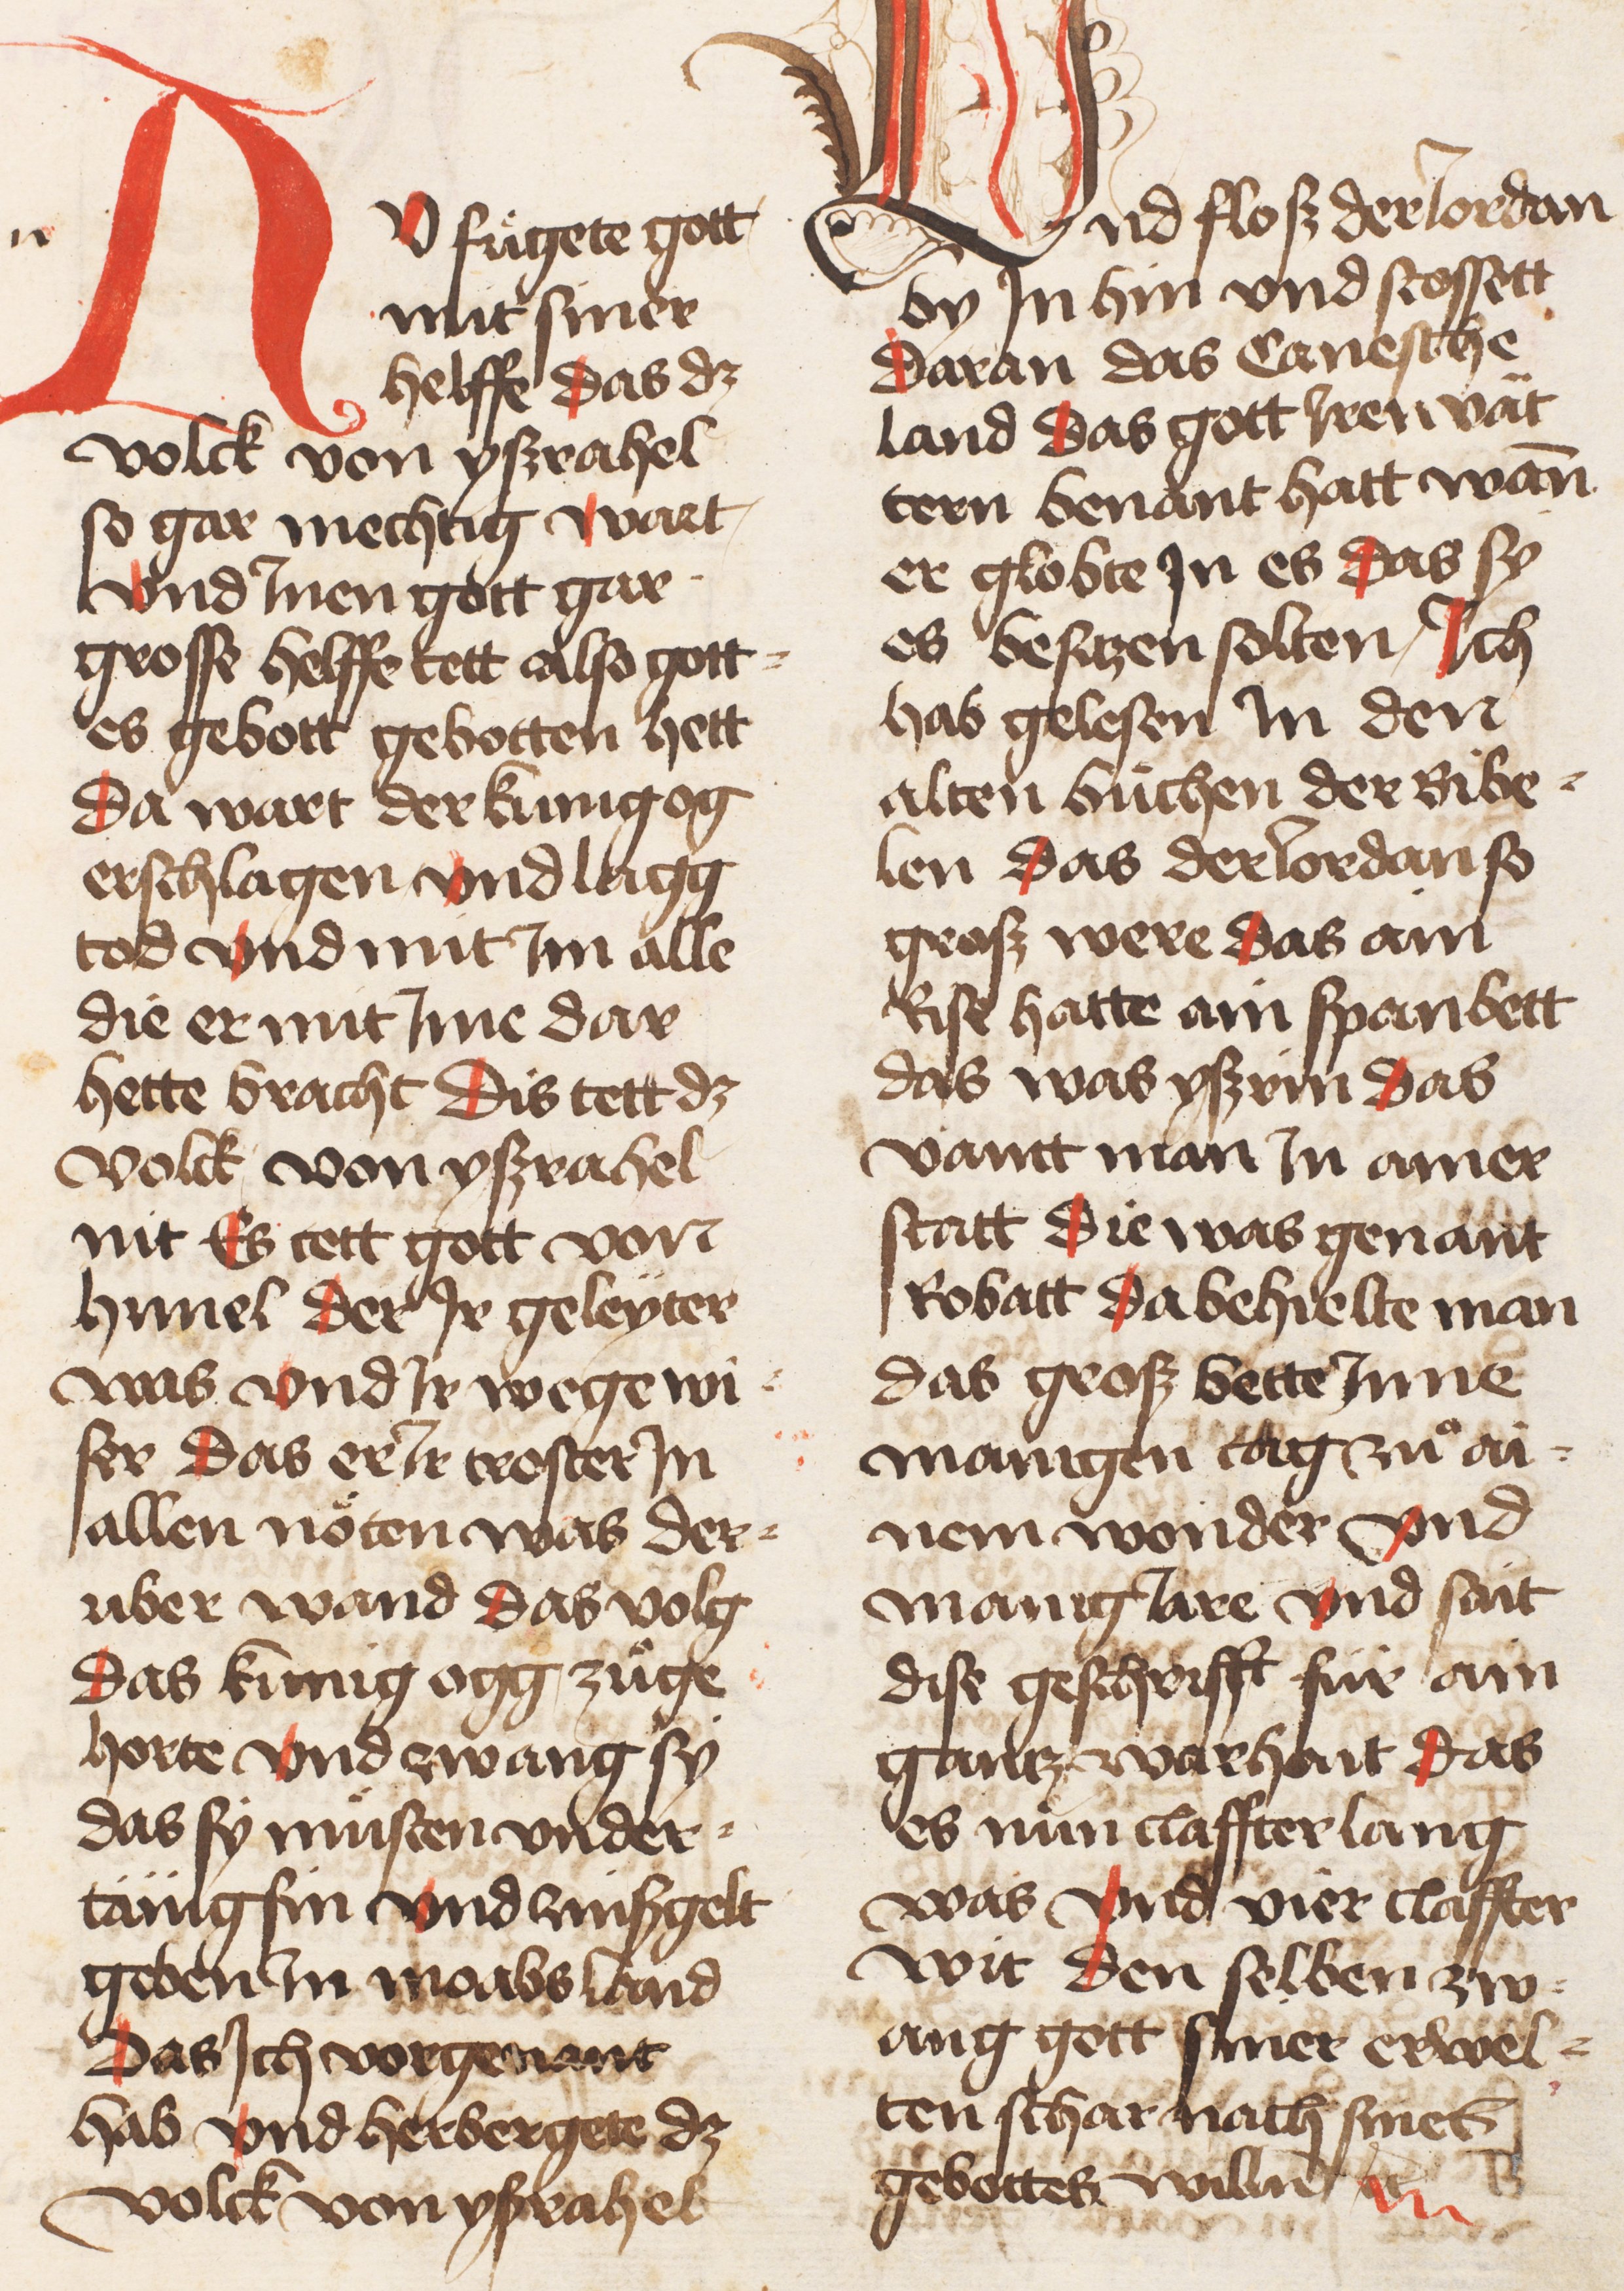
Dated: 1445–1455